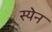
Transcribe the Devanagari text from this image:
स्येन